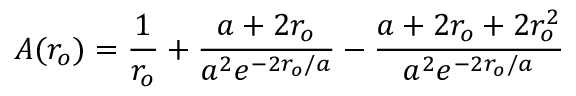
A ( r _ { o } ) = { \frac { 1 } { r _ { o } } } + { \frac { a + 2 r _ { o } } { a ^ { 2 } e ^ { - 2 r _ { o } / a } } } - { \frac { a + 2 r _ { o } + 2 r _ { o } ^ { 2 } } { a ^ { 2 } e ^ { - 2 r _ { o } / a } } }